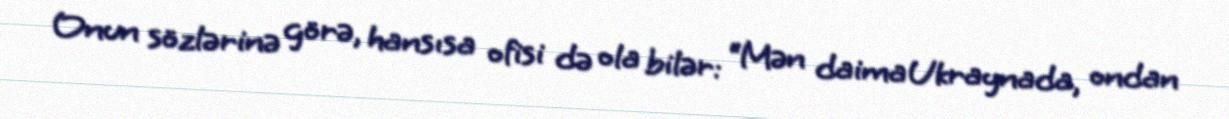
Onun sözlərinə görə, hansısa ofisi də ola bilər: “Mən daima Ukraynada, ondan